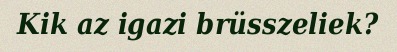
Kik az igazi brüsszeliek?